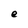
Character: e